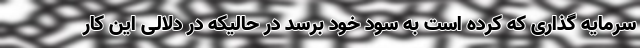
سرمایه گذاری که کرده است به سود خود برسد در حالیکه در دلالی این کار